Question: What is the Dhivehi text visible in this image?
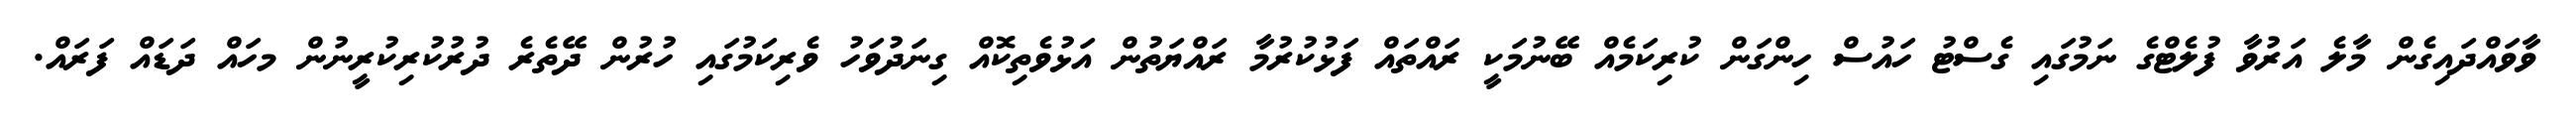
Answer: ވާވައްދައިގެން މާލެ އަރުވާ ފުލެޓްގެ ނަމުގައި ގެސްޓު ހައުސް ހިންގަން ކުރިކަމެއް ބޭނުމަކީ ރައްތައް ފަޅުކުރުމާ ރައްޔަތުން އަޅުވެތިކޮއް ގިނަދުވަހު ވެރިކަމުގައި ހުރުން ދޭތެރެ ދުރުކުރިކުރީނުން މހައް ދަޑައް ފަރައް.